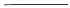
___